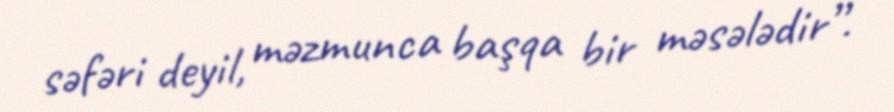
səfəri deyil, məzmunca başqa bir məsələdir”.